Jaan_Tonisson_(Lasteleht), lk 160
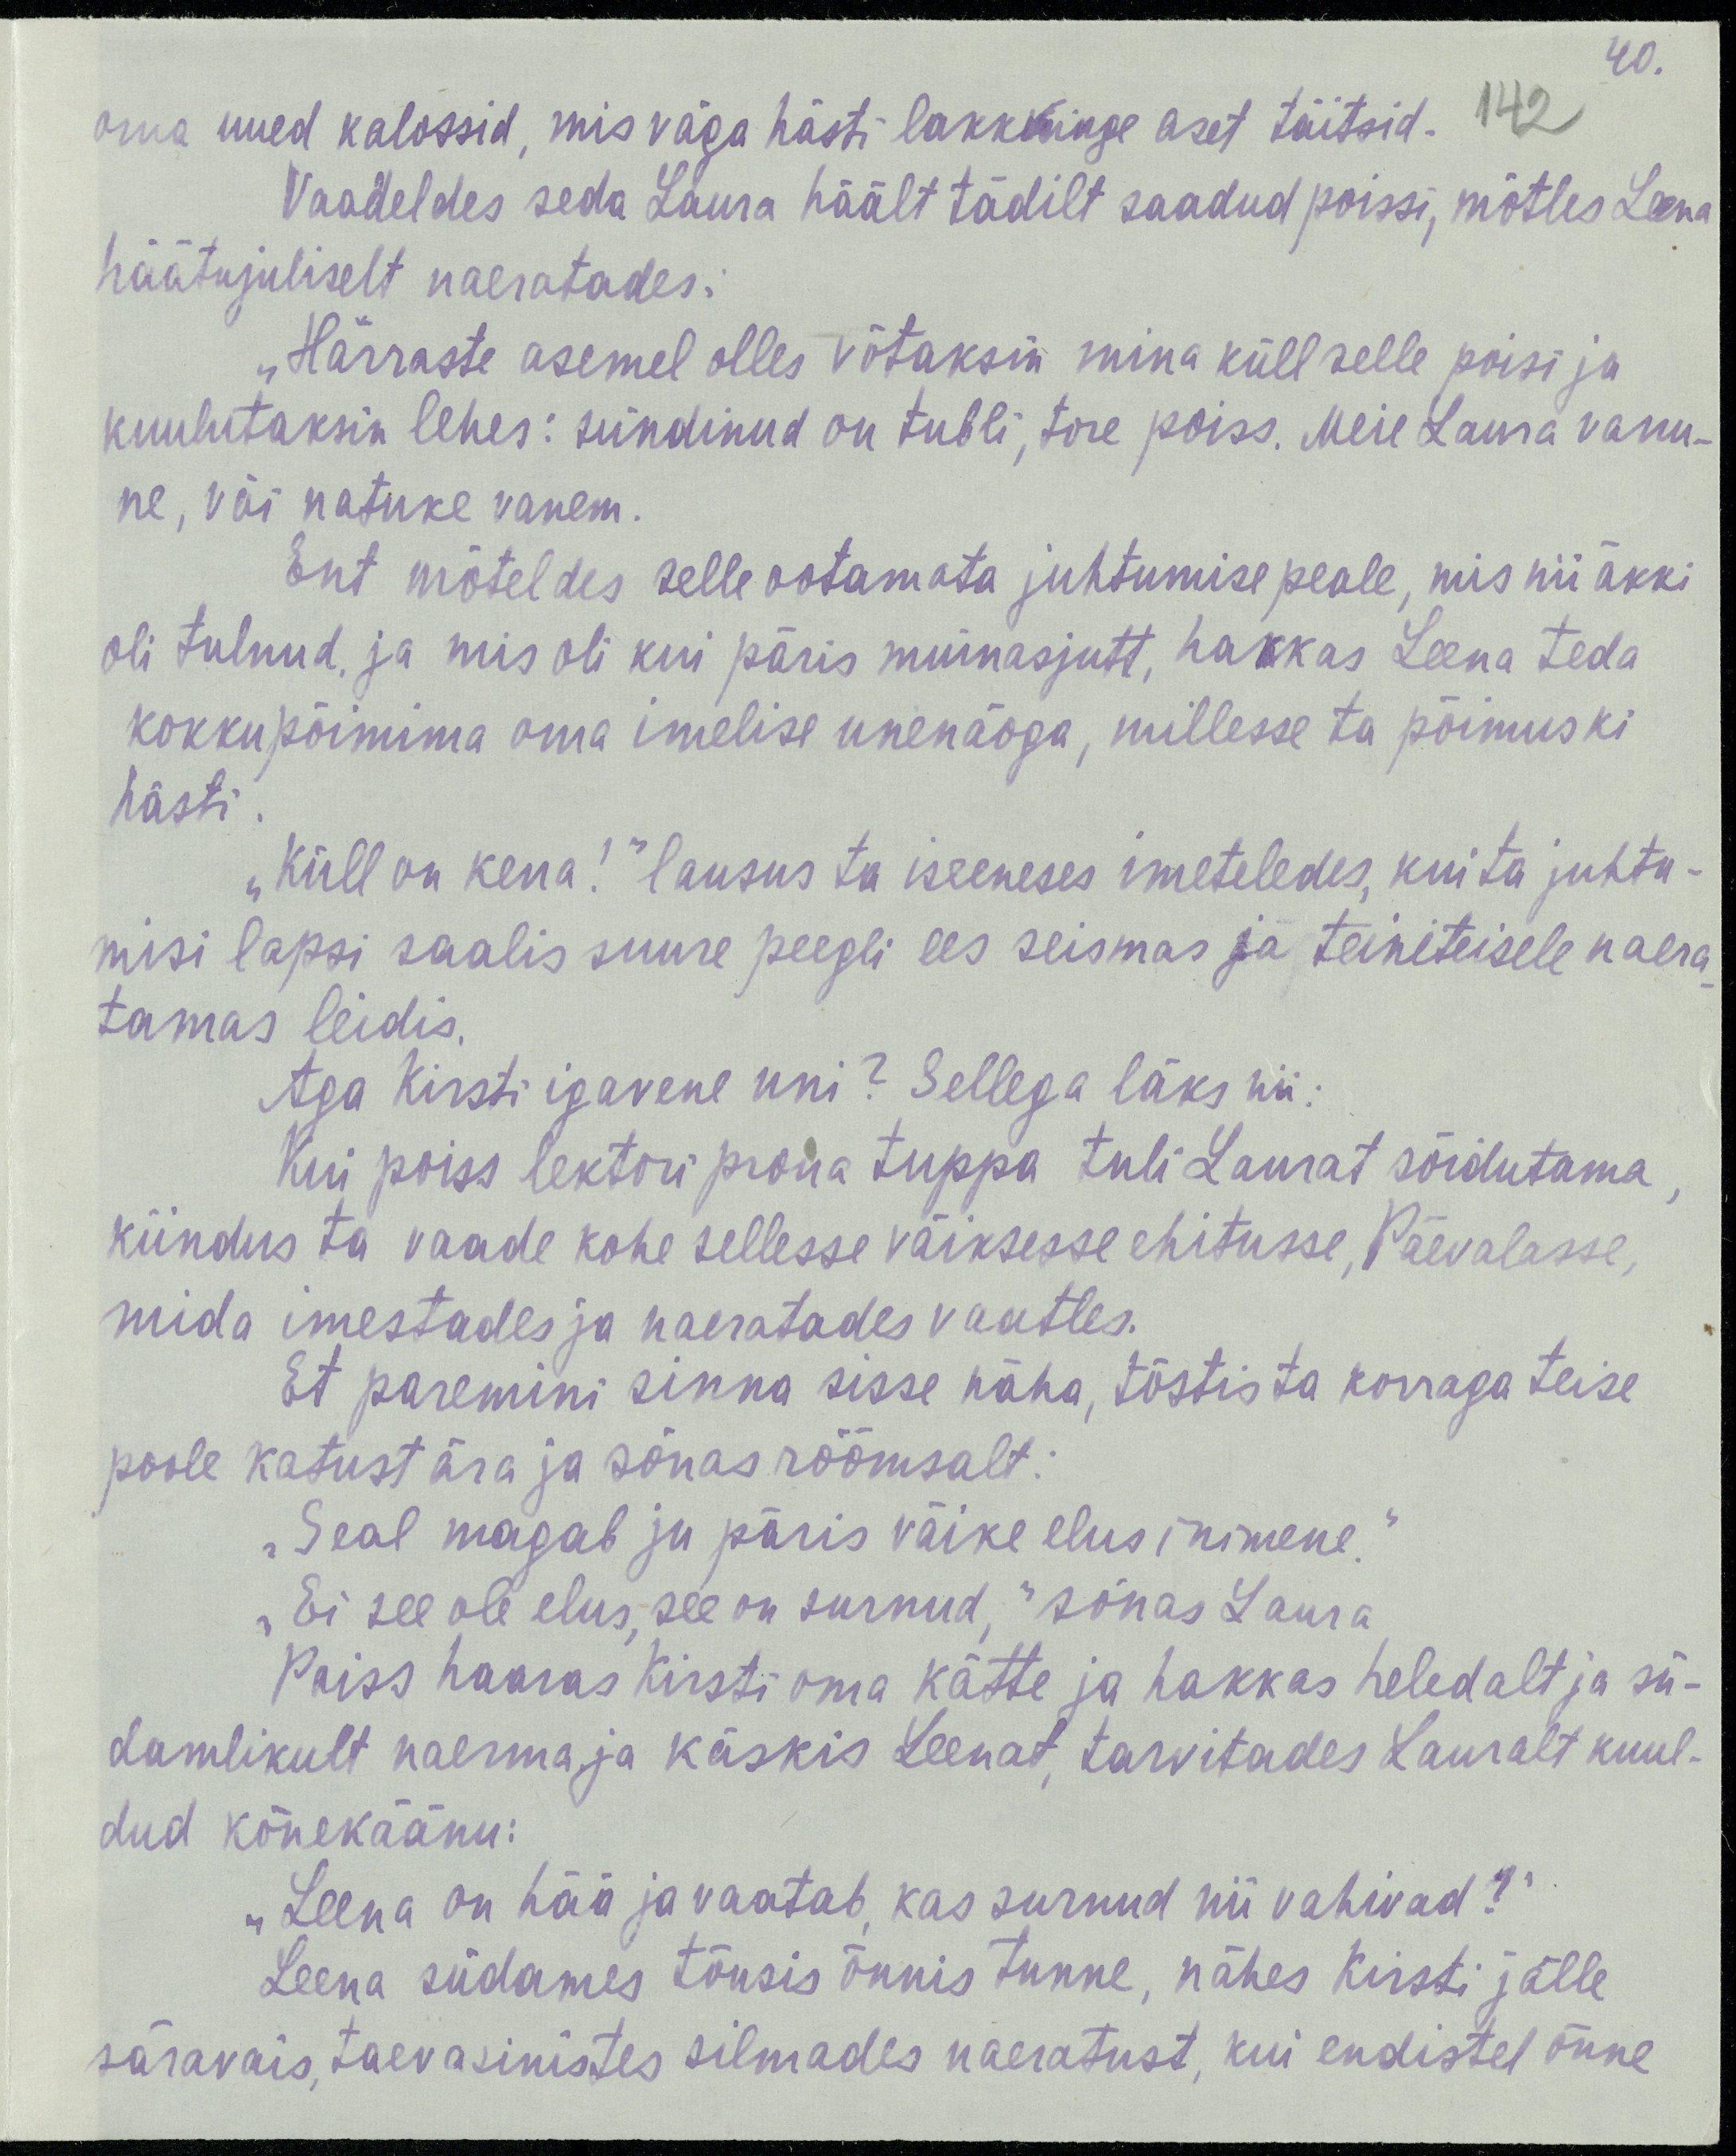
40.
142
oma uued kalossid, mis väga hästi lakkkinge aset täitsid.
Vaadeldes seda Laura häält tädilt saadud poissi, mõtles Leena
häätujuliselt naeratades:
„Härraste asemel olles võtaksin mina küll selle poisi ja
kuulutaksin lehes: sündinud on tubli, tore poiss. Meie Laura vanu-
ne, või natuke vanem.
Ent mõteldes selle ootamata juhtumise peale, mis nii äkki
oli tulnud, ja mis oli kui päris muinasjutt, hakkas Leena teda
kokkupõimima oma imelise unenäoga, millesse ta põimuski
hästi.
„Küll on kena!“ lausus ta iseeneses imeteledes, kui ta juhtu-
misi lapsi saalis suure peegli ees seismas ja teineteisele naera-
tamas leidis.
Aga Kirsti igavene uni? Sellega läks nii:
Kui poiss lektori proua tuppa tuli Laurat sõidutama,
kiindus ta vaade kohe sellesse väiksesse ehitusse, Päevalasse,
mida imestades ja naeratades vaatles.
Et paremini sinna sisse näha, tõstis ta korraga teise
poole katust ära ja sõnas rõõmsalt:
„Seal magab ju päris väike elus inimene.“
„Ei see ole elus, see on surnud,“ sõnas Laura
Poiss haaras Kirsti oma kätte ja hakkas heledalt ja sü-
damlikult naerma ja käskis Leenat, tarvitades Lauralt kuul-
dud kõnekäänu:
„Leena on hää ja vaatab, kas surnud nii vahivad?“
Leena südames tõusis õnnis tunne, nähes Kirsti jälle
säravais, taevasinistes silmades naeratust, kui endistel õnne